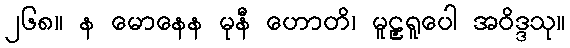
၂၆၈။ န မောနေန မုနီ ဟောတိ၊ မူဠှရူပေါ အဝိဒ္ဒသု။